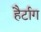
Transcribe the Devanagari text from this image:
हैर्टाग